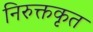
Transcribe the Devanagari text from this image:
निरुक्तकृत